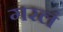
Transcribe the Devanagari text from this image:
गरलं